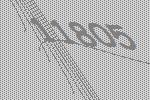
11805